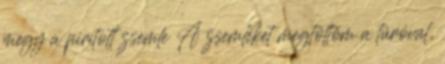
megy a pirított zsemle A zsemléket megtöltöm a túróval,